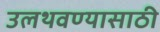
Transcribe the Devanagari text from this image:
उलथवण्यासाठी